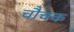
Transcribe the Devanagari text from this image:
चौचक